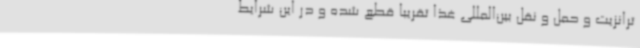
ترانزیت و حمل و نقل بین‌المللی غذا تقریباً قطع شده و در این شرایط